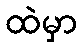
ထဲမှာ